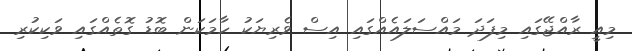
މިއީ ރާއްޖޭގައި މިފަދަ މައްސަލައެއްގައި އިސް ވެރިޔަކު ހާމަކަން ބޮޑު ގޮތެއްގައި ވަކިކުރި